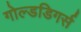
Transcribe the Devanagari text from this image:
गोल्डडिगर्स